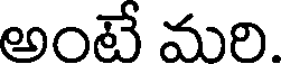
అంటే మరి.